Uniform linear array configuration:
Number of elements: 48
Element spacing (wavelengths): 0.5
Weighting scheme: uniform
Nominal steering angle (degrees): -45
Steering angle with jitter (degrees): -43.673
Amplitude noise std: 0.05
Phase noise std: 0.05

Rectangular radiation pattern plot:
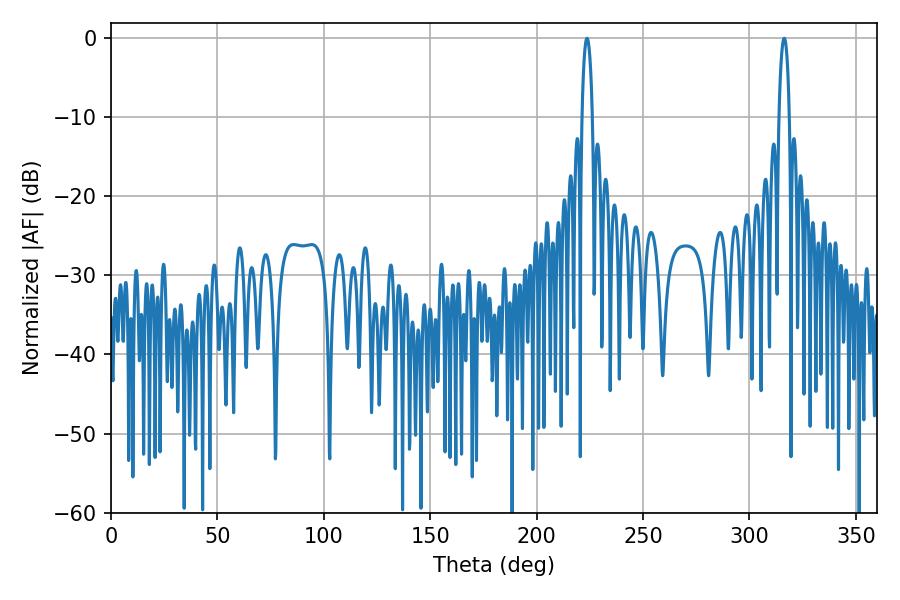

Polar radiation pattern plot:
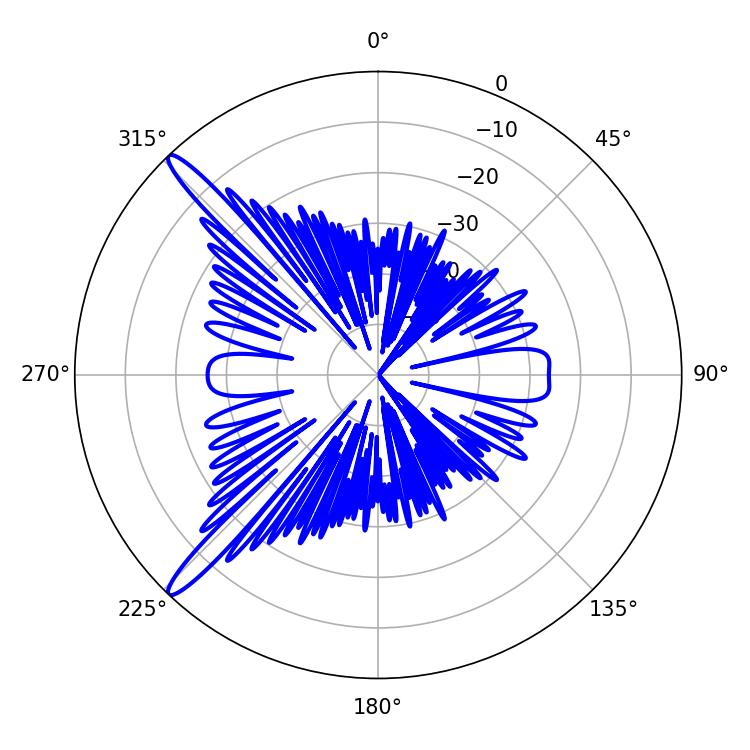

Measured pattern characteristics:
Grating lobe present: FALSE
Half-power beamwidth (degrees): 2.7
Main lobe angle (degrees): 223.74